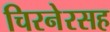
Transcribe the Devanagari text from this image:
चिरनेरसह